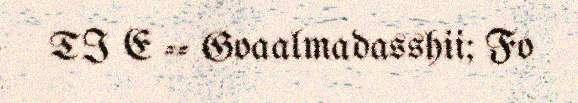
TI E -- Goaalmadasshii; Fo